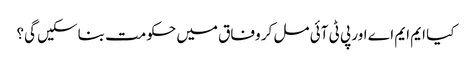
کیا ایم ایم اے اور پی ٹی آئی مل کر وفاق میں حکومت بناسکیں گی؟